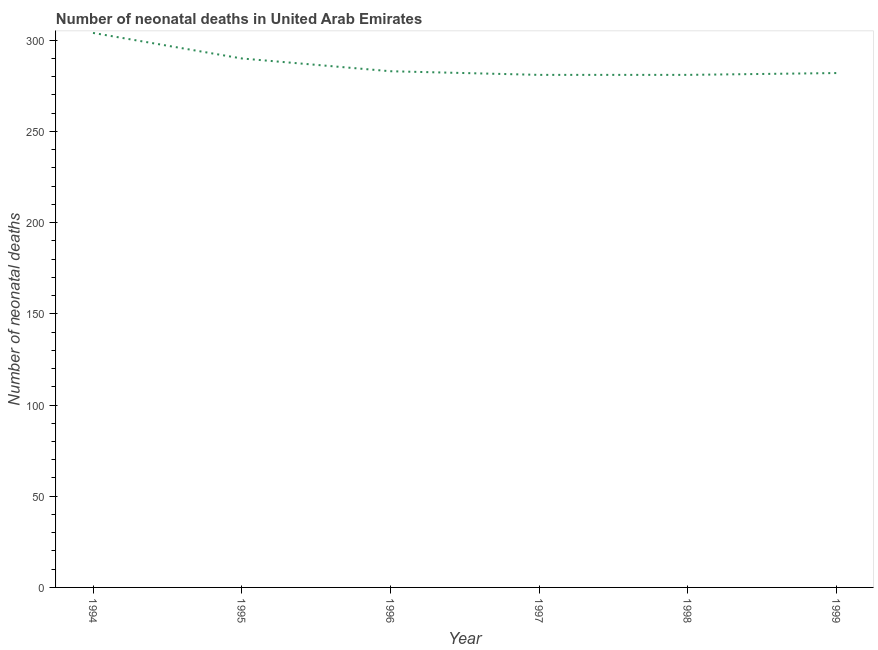
| Year | Neonatal deaths |
 | --- | --- |
 | 1994 | 304 |
 | 1995 | 290 |
 | 1996 | 283 |
 | 1997 | 281 |
 | 1998 | 281 |
 | 1999 | 282 |